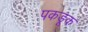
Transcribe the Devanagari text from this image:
पकडूक